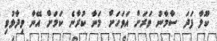
ކޫލާ ފަދަ ސާމާނު ވަރަށް އަވަހަށް މަނާ ކުރާނެ ކަމަށް އޭނާ ވިދާޅުވި